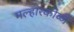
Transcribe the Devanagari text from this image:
मल्हारकोळी